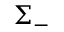
\Sigma _ { - }